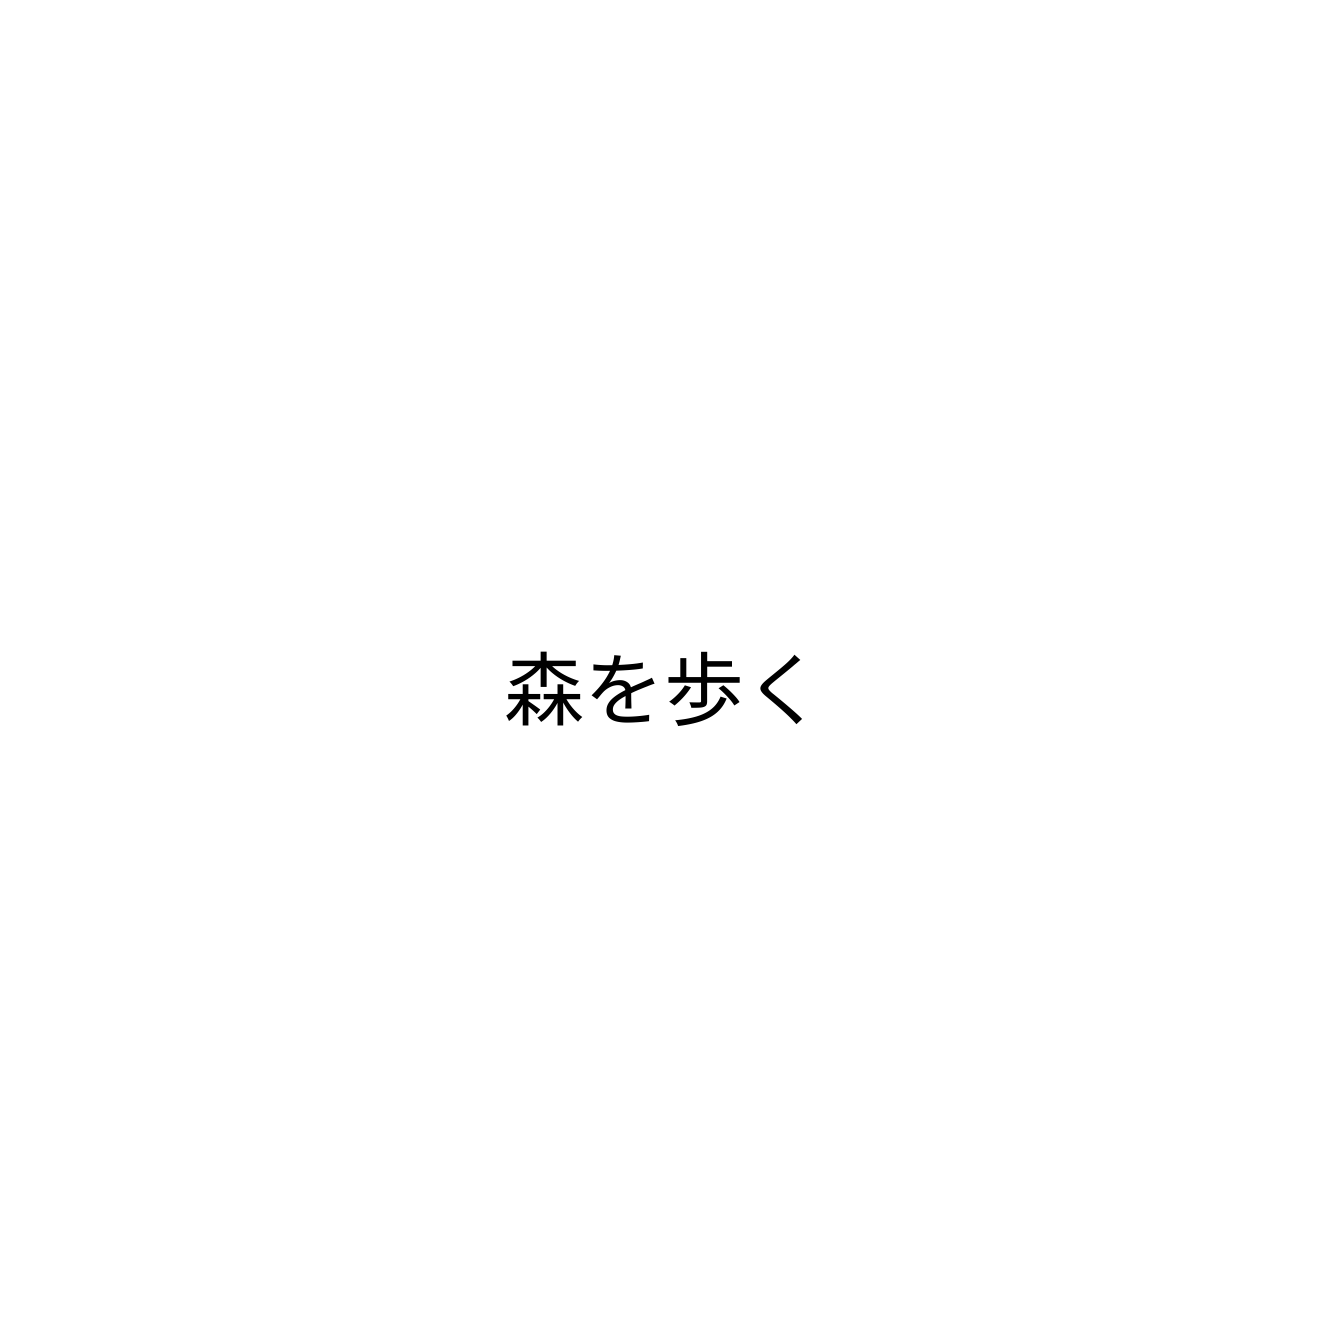
森を歩く